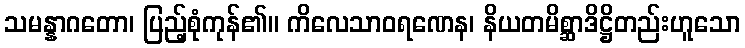
သမန္နာဂတော၊ ပြည့်စုံကုန်၏။ ကိလေသာဝရဏေန၊ နိယတမိစ္ဆာဒိဋ္ဌိတည်းဟူသော